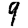
Digit: 9